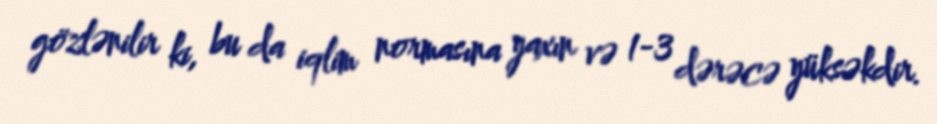
gözlənilir ki, bu da iqlim normasına yaxın və 1-3 dərəcə yüksəkdir.